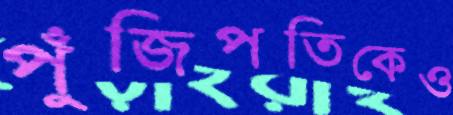
পুঁজিপতিকেও